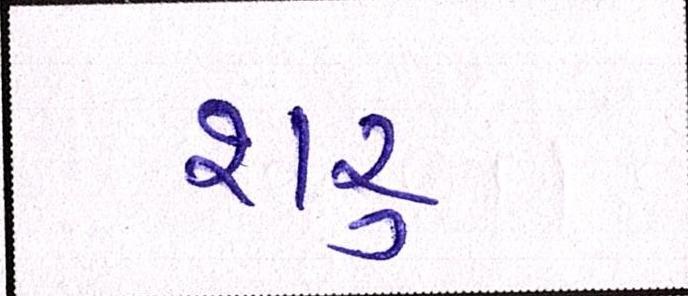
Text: શરુ